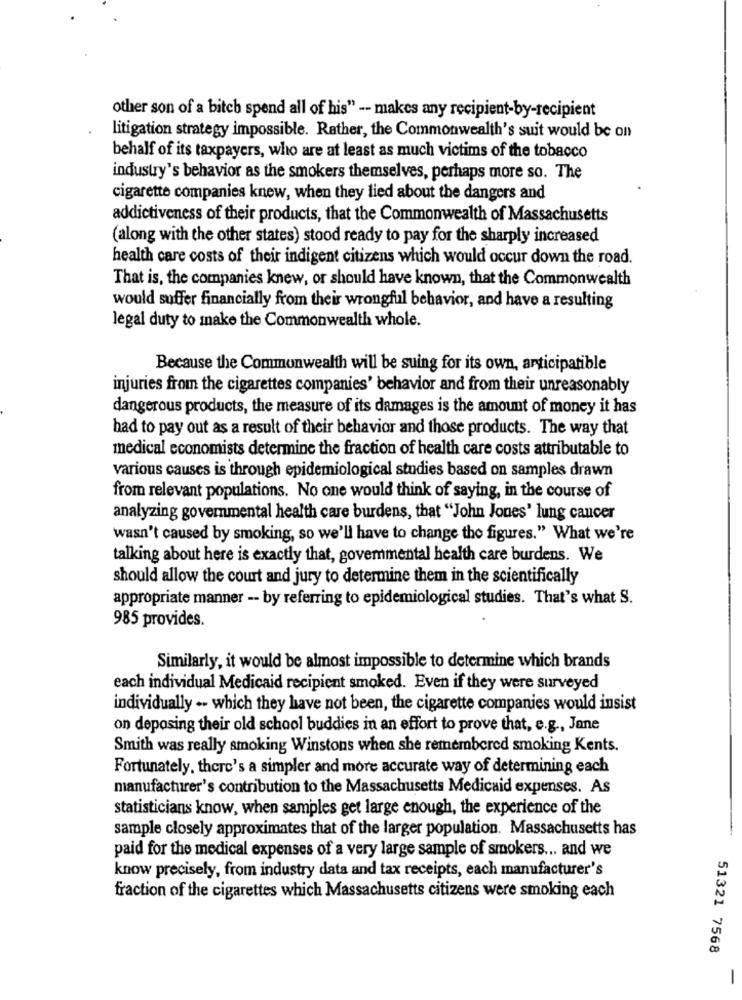
other son of a bitch spend all of his" -- makes any recipient-by-recipient
litigation strategy impossible. Rather, the Commonwealth's suit would be on
behalf of its taxpayers, who are at least as much victims of the tobacco
industry's behavior as the smokers themselves, perhaps more so. The
cigarette companies knew, when they lied about the dangers and
addictiveness of their products, that the Commonwealth of Massachusetts
(along with the other states) stood ready to pay for the sharply increased
health care costs of their indigent citizens which would occur down the road.
That is, the companies knew, or should have known, that the Commonwealth
would suffer financially from their wrongful behavior, and have a resulting
legal duty to make the Commonwealth whole.
Because the Commonwealth will be suing for its own, anticipatible
injuries from the cigarettes companies' behavior and from their unreasonably
dangerous products, the measure of its damages is the amount of money it has
had to pay out as a result of their behavior and those products. The way that
medical economists determine the fraction of health care costs attributable to
various causes is through epidemiological studies based on samples drawn
from relevant populations. No one would think of saying, in the course of
analyzing governmental health care burdens, that "John Jones' lung cancer
wasn't caused by smoking, so we'll have to change the figures." What we're
talking about here is exactly that, govemmental health care burdens. We
should allow the court and jury to determine them in the scientifically
appropriate manner -- by referring to epidemiological studies. That's what S.
985 provides.
Similarly, it would be almost impossible to determine which brands
each individual Medicaid recipient smoked. Even if they were surveyed
individually -- which they have not been, the cigarette companies would insist
on deposing their old school buddies in an effort to prove that, e.g ., Jane
Smith was really smoking Winstons when she remembered smoking Kents.
Fortunately, there's a simpler and more accurate way of determining each
manufacturer's contribution to the Massachusetts Medicaid expenses. As
statisticians know, when samples get large enough, the experience of the
sample closely approximates that of the larger population. Massachusetts has
paid for the medical expenses of a very large sample of smokers ... and we
know precisely, from industry data and tax receipts, each manufacturer's
fraction of the cigarettes which Massachusetts citizens were smoking each
51321 7568
-